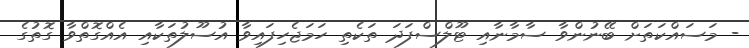
- މަސައްކަތަށް ބޭނުންވާ ސާމާނާއި ޓޫލްސްފަދަ ތަކެތި ހަމަޖެހިފައިވާ އުސޫލުތަކާއި އެއްގޮތްވާ ގޮތުގެ